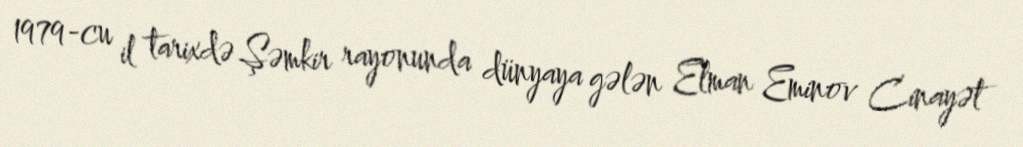
1979-cu il tarixdə Şəmkir rayonunda dünyaya gələn Elman Eminov Cinayət